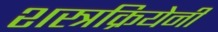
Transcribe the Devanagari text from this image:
शस्त्रक्रियेनी